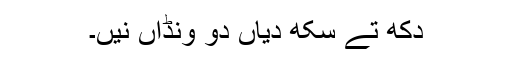
دکھ تے سکھ دیاں دو ونڈاں نیں۔